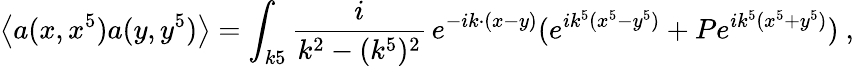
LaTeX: \left\langle{a(x,x^{5})a(y,y^{5})}\right\rangle=\int_{k5}{\frac{i}{k^{2}-(k^{5})^{2}}}\, e^{-ik\cdot(x-y)}(e^{ik^{5}(x^{5}-y^{5})}+Pe^{ik^{5}(x^{5}+y^{5})})\ ,